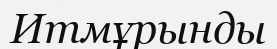
Итмұрынды